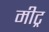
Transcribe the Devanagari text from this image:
मीट्र